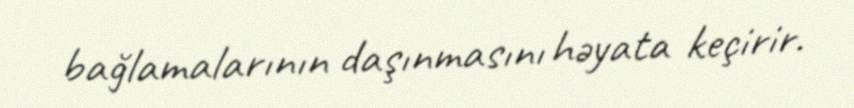
bağlamalarının daşınmasını həyata keçirir.